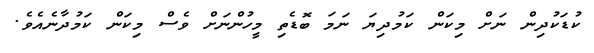
ކުޑަކުދިން ނަށް މިކަން ކަމުދިޔަ ނަމަ ބޮޑެތި މީހުންނަށް ވެސް މިކަން ކަމުދާނެއެވެ.